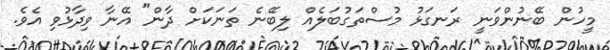
މީހުން ބޭނުންވަނީ ރަނގަޅު މުސްތަގުބަލެއް ލިބޭނެ ތަނަކަށް ދާން" އޭނާ ވިދާޅުވި އެވެ.